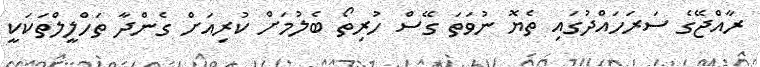
ރާއްޖޭގެ ސަރަހައްދުގައި ތެޔޮ ނުވަތަ ގޭސް ހުރިތޯ ބެލުމަށް ކުރިއަށް ގެންދާ ތަހްލީލްތަކަކީ